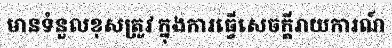
មានទំនួលខុសត្រូវ ក្នុងការធ្វើសេចក្តីរាយការណ៍